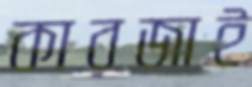
কারজাই